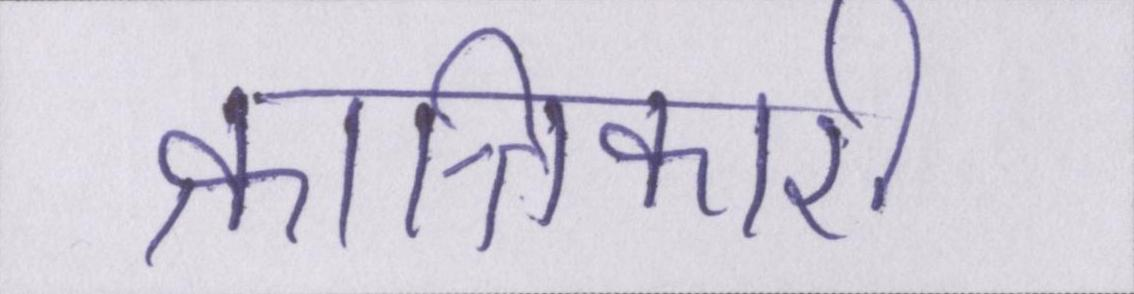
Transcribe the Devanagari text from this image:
क्रान्तिकारी